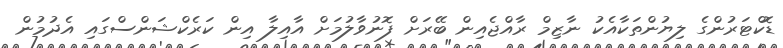
ޑޮކްޓަރުންގެ ލިޔުންތަކާއެކު ނާޒިމް ރާއްޖެއިން ބޭރަށް ފޮނުވާލުމަށް އާއިލާ އިން ކަރެކްޝަންސްގައި އެދުމުން